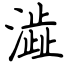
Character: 澁